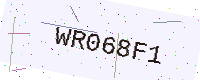
Text: WR068F1